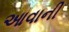
આવાની